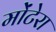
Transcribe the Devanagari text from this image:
मोंटेरा